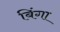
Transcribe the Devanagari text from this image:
बिंगा